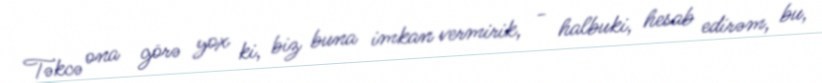
Təkcə ona görə yox ki, biz buna imkan vermirik, - halbuki, hesab edirəm, bu,